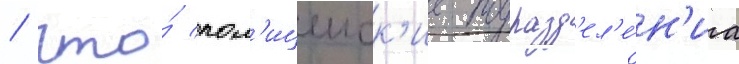
/ что́ пол'ицеиск'ие подразд'ел'е́н'иа